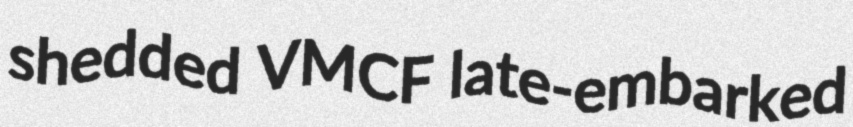
shedded VMCF late-embarked